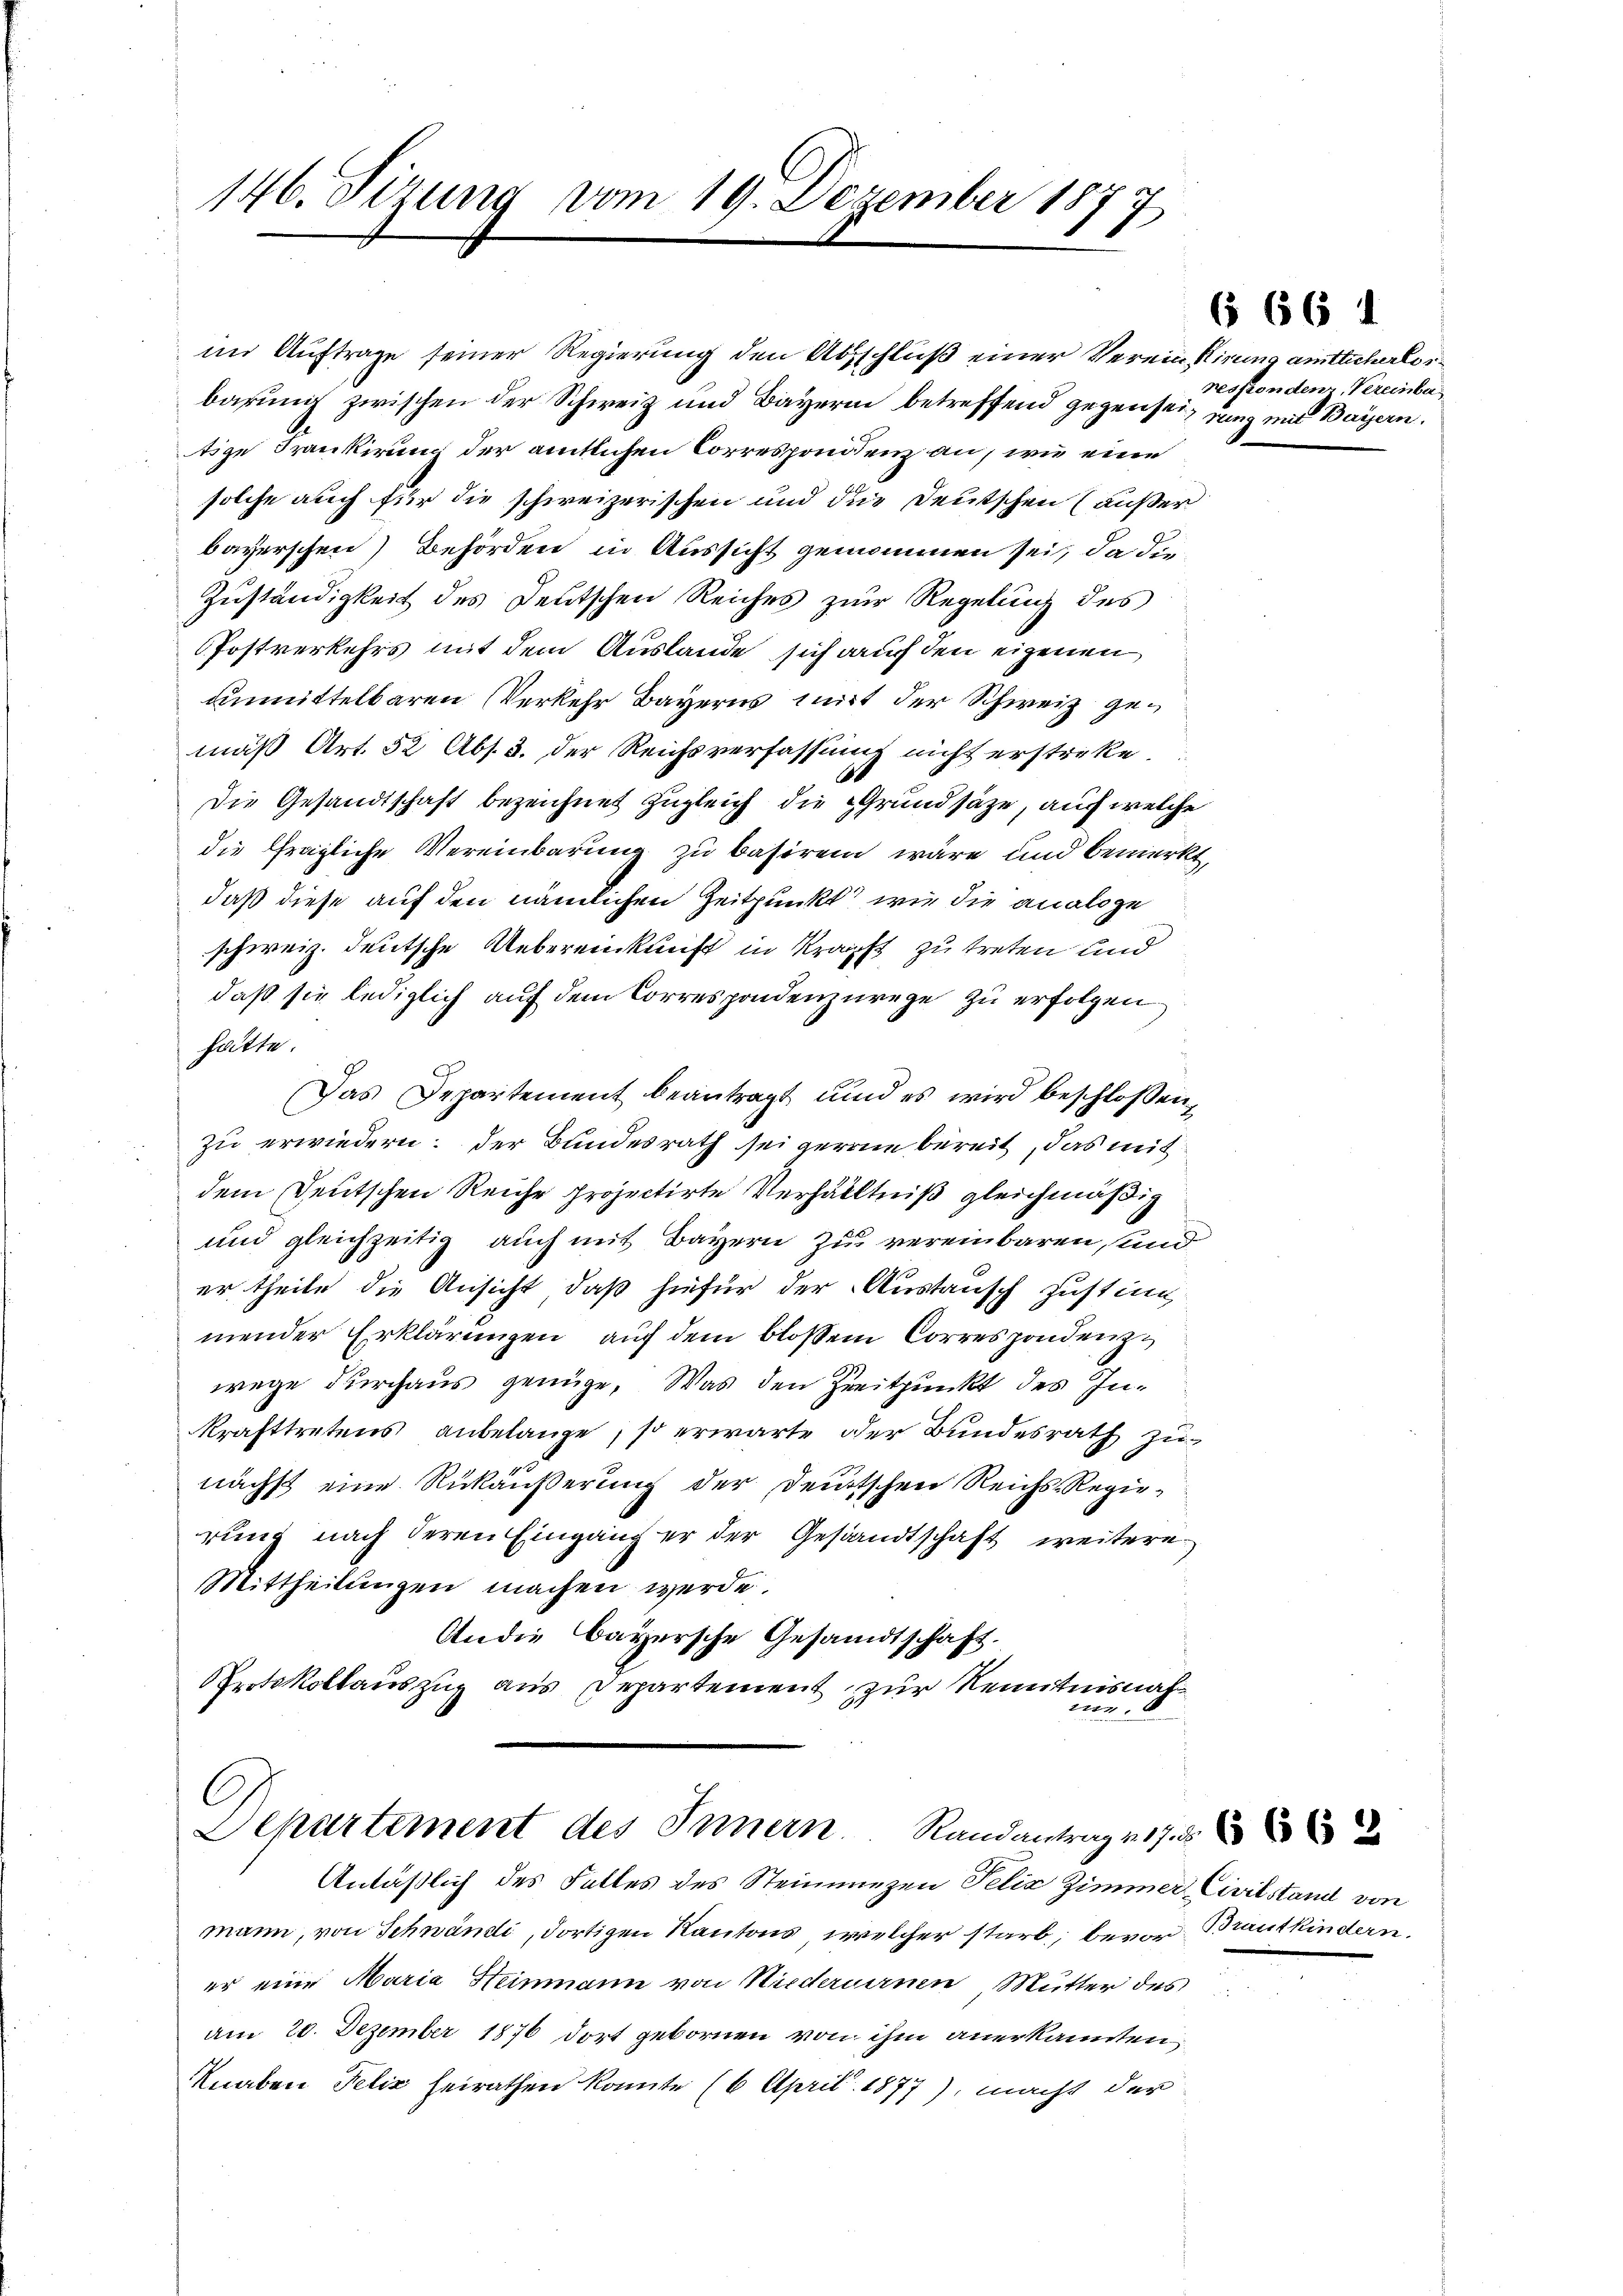
146. Sizung vom 19. Dezember 187
7

im Auftrage seiner Regierung den Abschluß einer Verein Kirung amtlicherleibarung zwischen der Schweiz und Bayerin betreffend gegen sei, dung mit Bayern.
tige Frankirung der amtlichen Correspondienz an, wie eine
solche auch für die schweizerischen und die Deutschen Häußer
bayerschen) Behörden in Aussicht genommen sei, da die
Zuständigkeit des Deutschen Reiches zur Regelung des
Postverkehrs mit dem Auslande sich auf den eigenen
unmittelbaren Verkehr Bayerns mit der Schweiz gemäß Art. 52 Abs. 3. der Reichsverfassung nicht erstrike.
6
Die Gesandtschaft bezeichnet zugleich die Grundsätze, auf welche
die fragliche Vereinbarung zu basiren wäre und bemerkt,
daß diese auf den nämlichen Zeitpunkt wie die analoge
schweiz. deutsche Uebereinkunft in Kraft zu treten und
daß sie lediglich auf dem Correspondenzurege zu erfolgen
hätte.
Das Departement beantragt, und es wird beschlossen,
zu erwiedern: der Bundesrath sei gerne bereit, das mit
dem Deutschen Reiche projectirte Verhältniß gleichmäßig
und gleichzeitig auch mit Bayern zu vereinbaren, und
er theile die Ansicht, daß hiefür der Austausch zustim
mender Erklärungen, auf dem bloßen Correspondenz
wege durchaus genüge. Was den Zeitpunkt des Inkrafttretens anbelange, so erwarte der Bundesrath zunächst eine Rükäußerung der Deutschen Reichs-Regierung nach deren Eingang er der Gesandtschaft, weitere
Mittheilungen machen werde.
An die Bayersche Gesandtschaft.
Protokollauszug aus Departement zur Kenntnisnah¬

Departement des Innern. Randantrag v. 17. d.
Anläßlich des Falles des Steinanzen Felix Zimmer, Civilstand von

mann, von Schwändi, dortigen Kantons, welcher starb, bevor Brautkindern.
er eine Maria Heinmann von Niederurnen Mutter des
am 20. Dezember 1876 dort gebornen von ihm anerkannten,
Knaben Felix heirathen konnte (6 April 1877), macht der

6 664

reskonden Vereinba